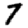
Digit: 7